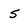
Character: 5